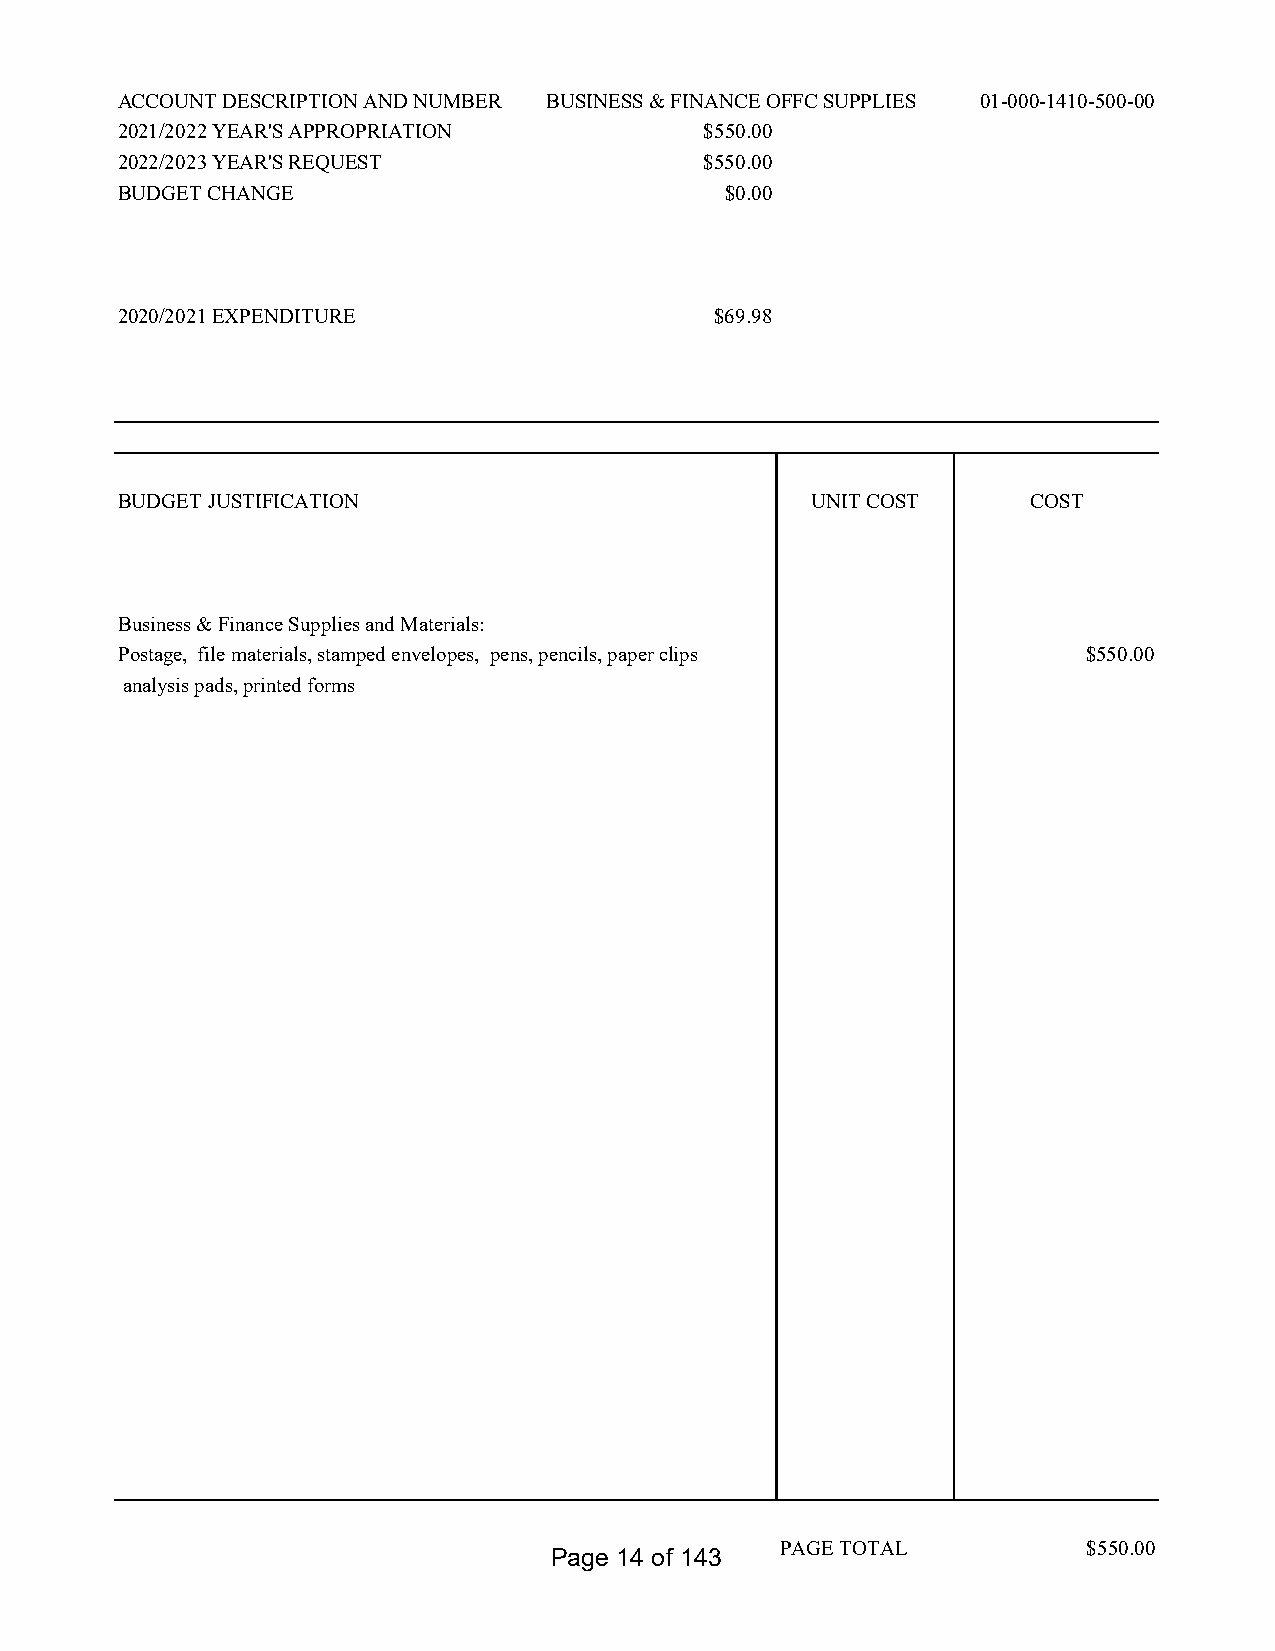
ACCOUNT DESCRIPTION AND NUMBER BUSINESS & FINANCE OFFC SUPPLIES 01-000-1410-500-00
 2021/2022 YEAR'S APPROPRIATION         $550.00
 2022/2023 YEAR'S REQUEST               $550.00
 BUDGET CHANGE                           $0.00
 2020/2021 EXPENDITURE                  $69.98
 BUDGET JUSTIFICATION                          UNIT COST     COST
 Business & Finance Supplies and Materials:
 Postage, file materials, stamped envelopes, pens, pencils, paper clips $550.00
 analysis pads, printed forms
 PAGE TOTAL          $550.00
 Page 14 of 143